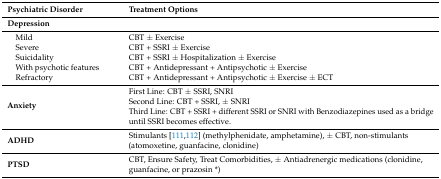
| Psychiatric Disorder | Treatment Options |
 | --- | --- |
 | Depression |  |
 | Mild | CBT ± Exercise |
 | Severe | CBT + SSRI ± Exercise |
 | Suicidality | CBT + SSRI ± Hospitalization ± Exercise |
 | With psychotic features | CBT + Antidepressant + Antipsychotic ± Exercise |
 | Refractory | CBT + Antidepressant + Antipsychotic ± Exercise ± ECT |
 | <ROWSPAN=4> Anxiety | First Line: CBT ± SSRI, SNRI |
 | Second Line: CBT + SSRI, ± SNRI |
 | Third Line: CBT + SSRI + different SSRI or SNRI with Benzodiazepines used as a bridge |
 | until SSRI becomes effective. |
 | ADHD | Stimulants [111,112] (methylphenidate, amphetamine), ± CBT, non-stimulants (atomoxetine, guanfacine, clonidine) |
 | PTSD | CBT, Ensure Safety, Treat Comorbidities, ± Antiadrenergic medications (clonidine, guanfacine, or prazosin *) |